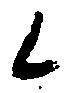
候